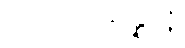
ပုဂ္ဂလပ္ပသန္နာနံ